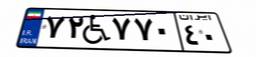
۷۲W۷۷۰۴۰